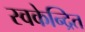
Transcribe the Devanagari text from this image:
स्वकेन्द्रित